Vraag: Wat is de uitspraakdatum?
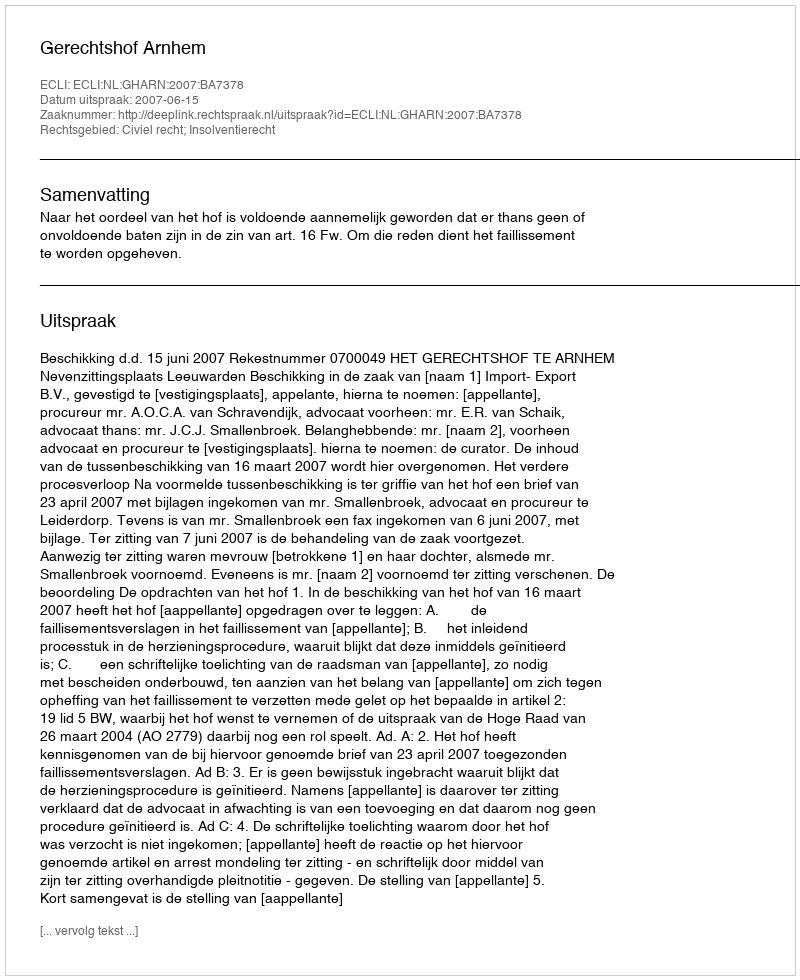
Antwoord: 2007-06-15